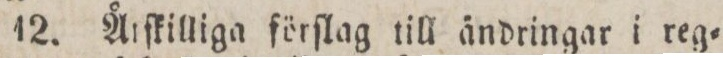
12. Årſkilliga förſlag till ändringar i reg=